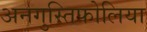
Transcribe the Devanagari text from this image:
अनगुस्तिफोलिया